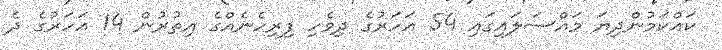
ކައްކަމުންދިޔަ މައްސަލައިގައި 54 އަހަރުގެ ދިވެހި ފިރިހެނެއްގެ އިތުރުން 14 އަހަރުގެ ދެ